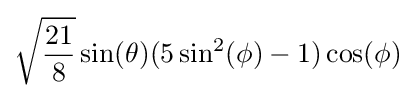
{\sqrt {21 \over {8}}}\sin(\theta )(5\sin ^{2}(\phi )-1)\cos(\phi )